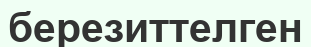
березиттелген